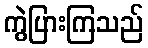
ကွဲပြားကြသည်